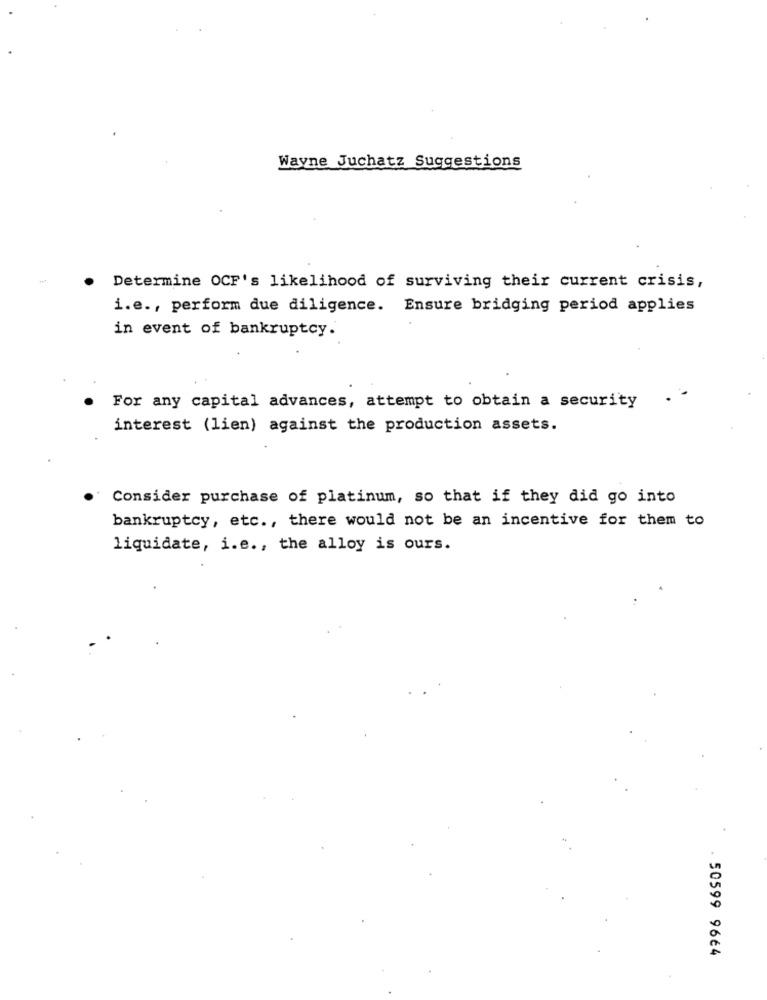
Wayne Juchatz Suggestions
Determine OCF's likelihood of surviving their current crisis,
i.e ., perform due diligence. Ensure bridging period applies
in event of bankruptcy.
For any capital advances, attempt to obtain a security
interest (lien) against the production assets.
Consider purchase of platinum, so that if they did go into
bankruptcy, etc ., there would not be an incentive for them to
liquidate, i.e ., the alloy is ours.
50599 9664